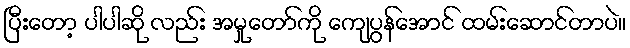
ပြီးတော့ ပါပါဆို လည်း အမှုတော်ကို ကျေပွန်အောင် ထမ်းဆောင်တာပဲ။